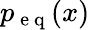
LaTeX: p_{\mathrm{~e~q~}}(x)